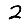
Digit: 2